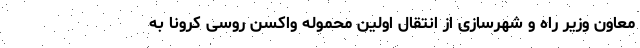
معاون وزیر راه و شهرسازی از انتقال اولین محموله واکسن روسی کرونا به